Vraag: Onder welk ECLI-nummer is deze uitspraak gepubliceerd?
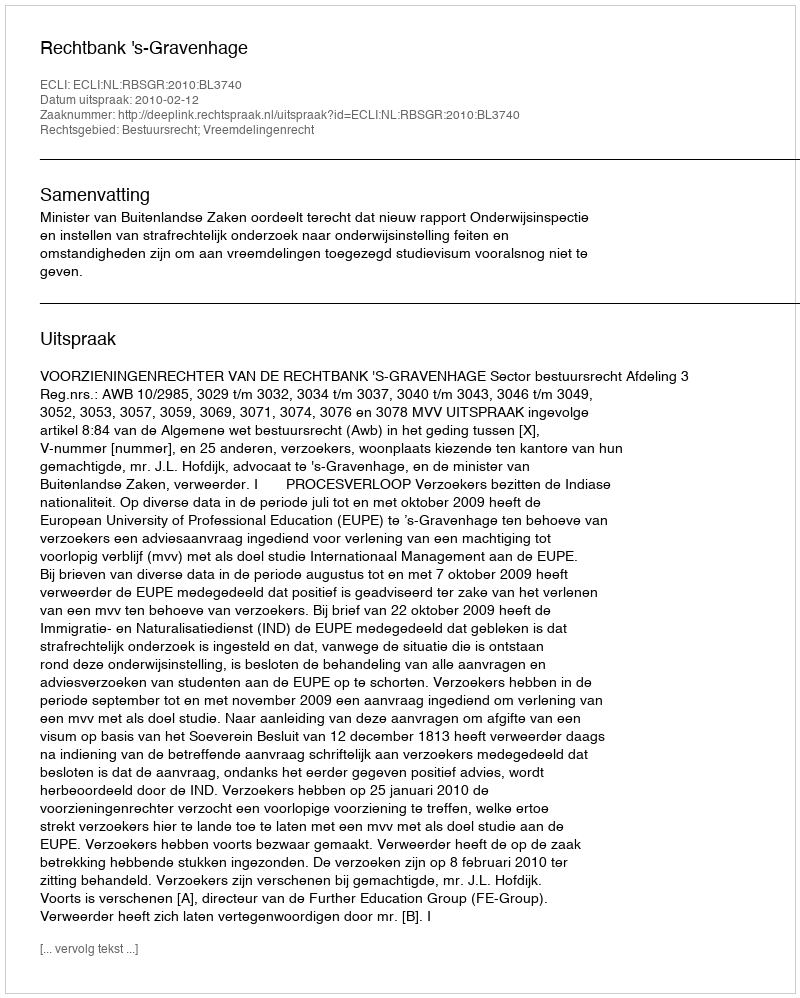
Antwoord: ECLI:NL:RBSGR:2010:BL3740